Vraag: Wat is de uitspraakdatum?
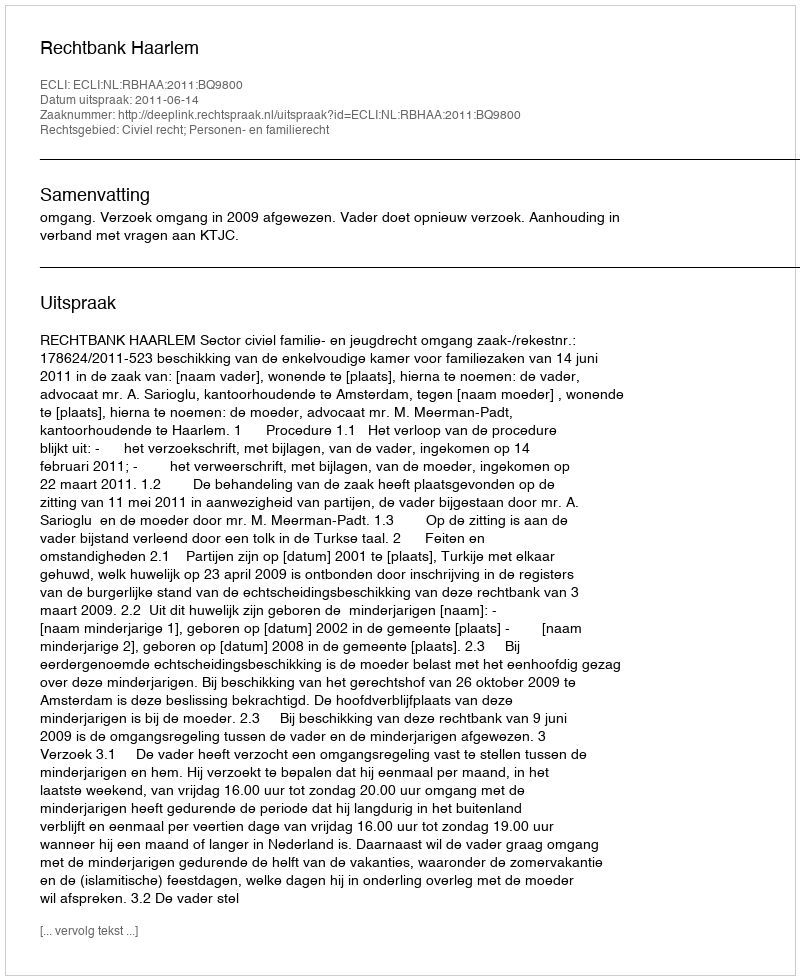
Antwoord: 2011-06-14